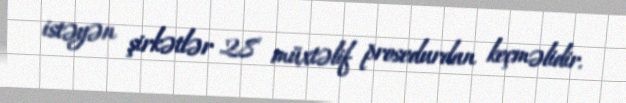
istəyən şirkətlər 28 müxtəlif prosedurdan keçməlidir.